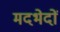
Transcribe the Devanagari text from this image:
मदभेदों